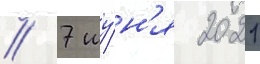
// 7 иу́н'я 2021